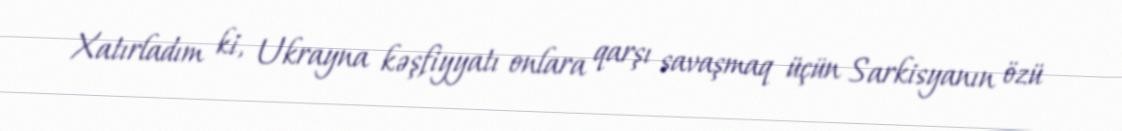
Xatırladım ki, Ukrayna kəşfiyyatı onlara qarşı savaşmaq üçün Sarkisyanın özü